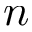
n